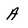
Character: A